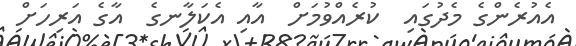
އެއުރެންގެ މެދުގައި  ކުރެއްވުމަށް  އާއި އެކަލާނގެ  އާގެ އަރިހަށް